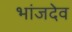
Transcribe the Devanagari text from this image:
भांजदेव